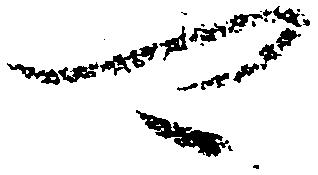
可